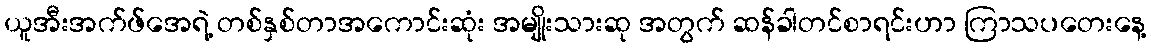
ယူအီးအက်ဖ်အေရဲ့ တစ်နှစ်တာအကောင်းဆုံး အမျိုးသားဆု အတွက် ဆန်ခါတင်စာရင်းဟာ ကြာသပတေးနေ့